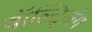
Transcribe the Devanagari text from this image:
वॉल्ट्ज़िंग